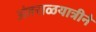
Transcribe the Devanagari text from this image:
अंतराळयात्रीने